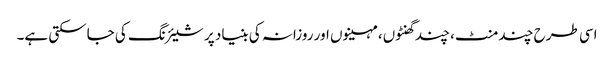
اسی طرح چند منٹ، چند گھنٹوں، مہینوں اور روزانہ کی بنیاد پر شیئرنگ کی جاسکتی ہے۔